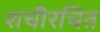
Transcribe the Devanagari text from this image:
शचीरचित